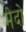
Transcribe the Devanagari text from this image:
मेदो